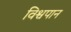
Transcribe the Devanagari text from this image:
विश्वपान